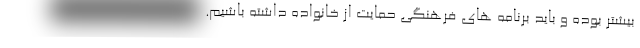
بیشتر بوده و باید برنامه های فرهنگی حمایت از خانواده داشته باشیم.